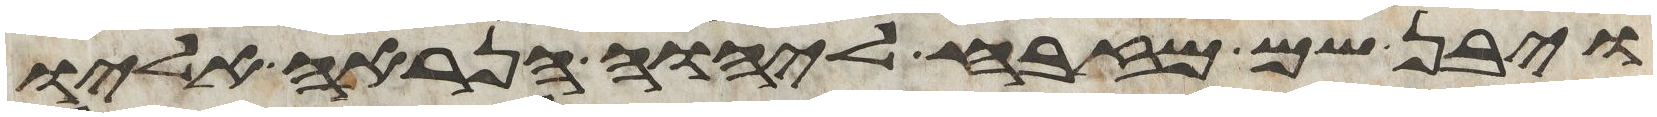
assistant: ויבן שם מזבח ליהוה הנראה אליו